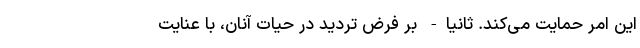
این امر حمایت می‌کند. ثانیا‌- بر فرض تردید در حیات آنان، با عنایت